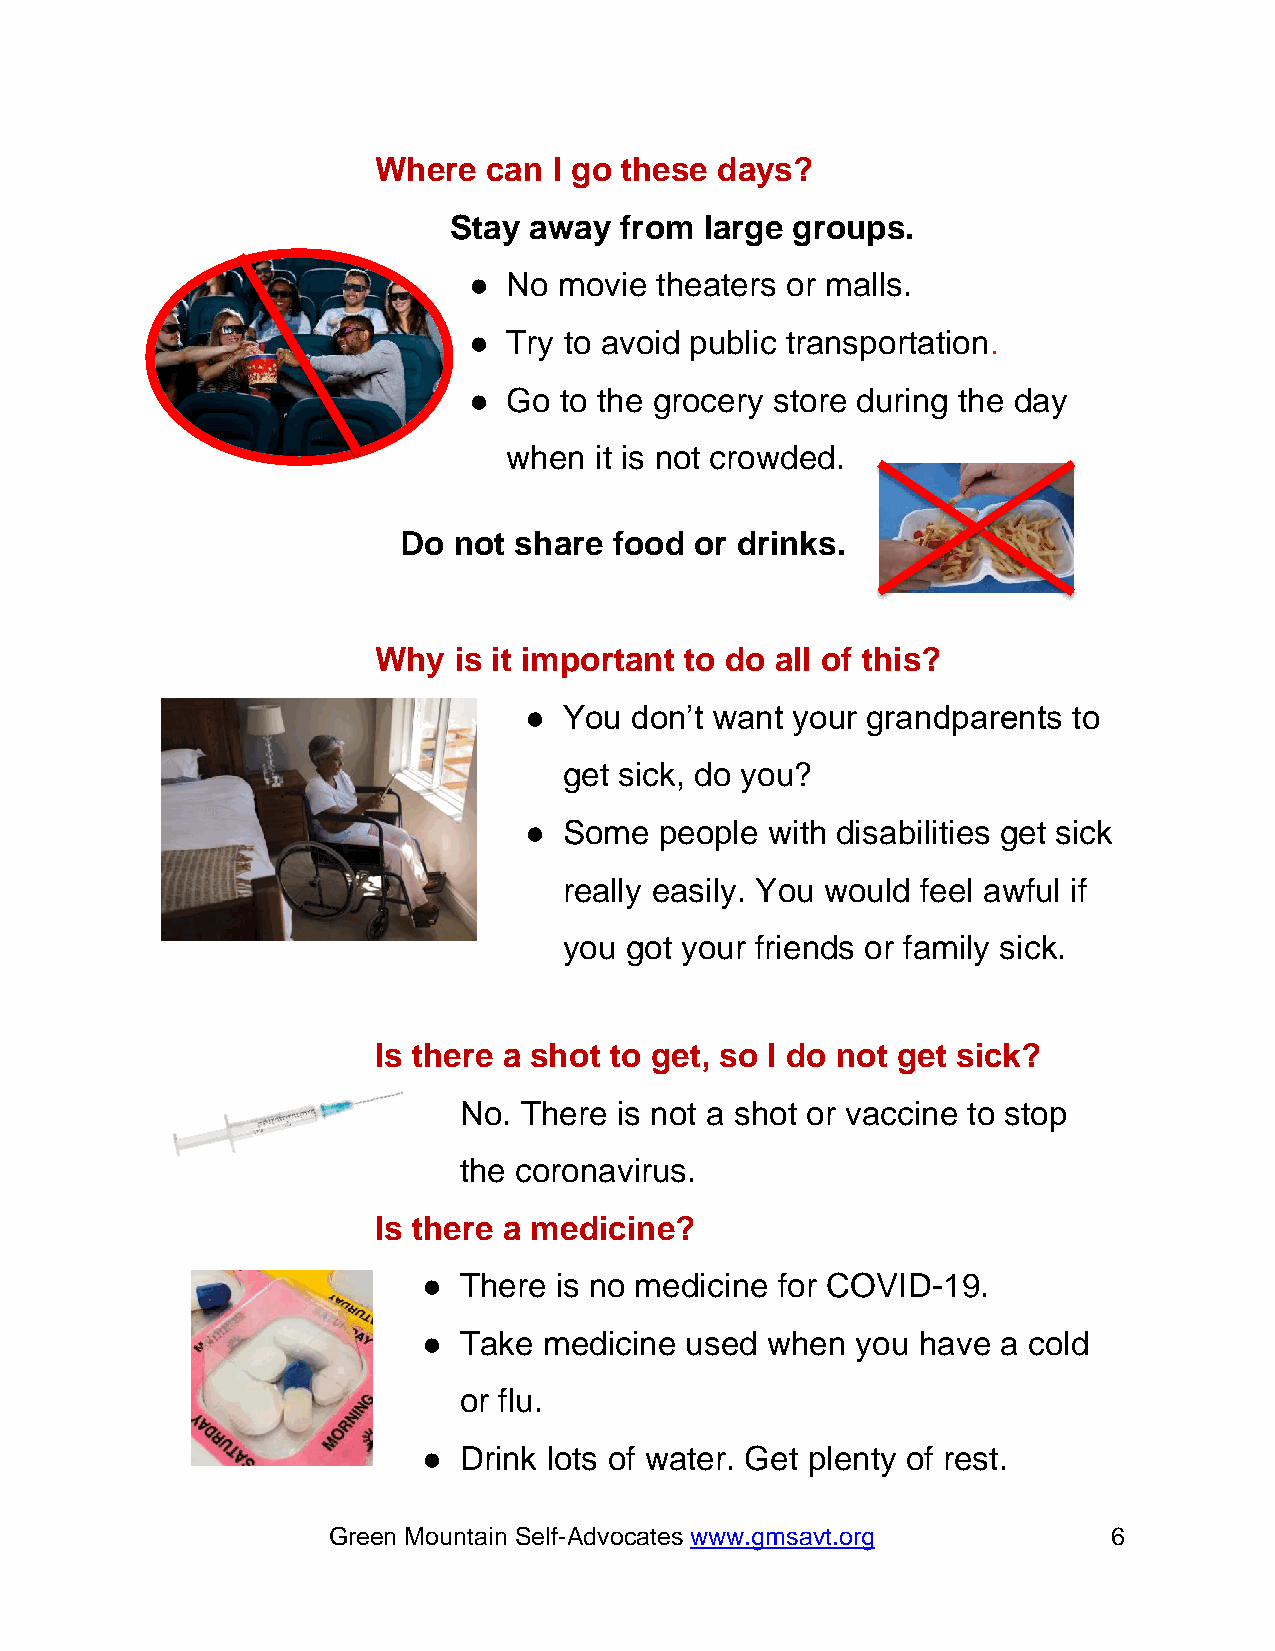
Where  can  I go these days?
 Stay away  from  large groups.
 ●  No movie theaters or malls.
 ●  Try to avoid public transportation.
 ●  Go to the grocery store during the day
 when it is not crowded.
 Do  not share  food or drinks.
 Why  is it important to do all of this?
 ● You  don’t want your grandparents to
 get sick, do you?
 ● Some   people with disabilities get sick
 really easily. You would feel awful if
 you got your friends or family sick.
 Is there a shot to get, so I do not get sick?
 No. There  is not a shot or vaccine to stop
 the coronavirus.
 Is there a medicine?
 ● There  is no medicine for COVID-19.
 ● Take  medicine used  when  you have a cold
 or flu.
 ● Drink lots of water. Get plenty of rest.
 Green Mountain Self-Advocates www.gmsavt.org        6